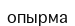
опырма